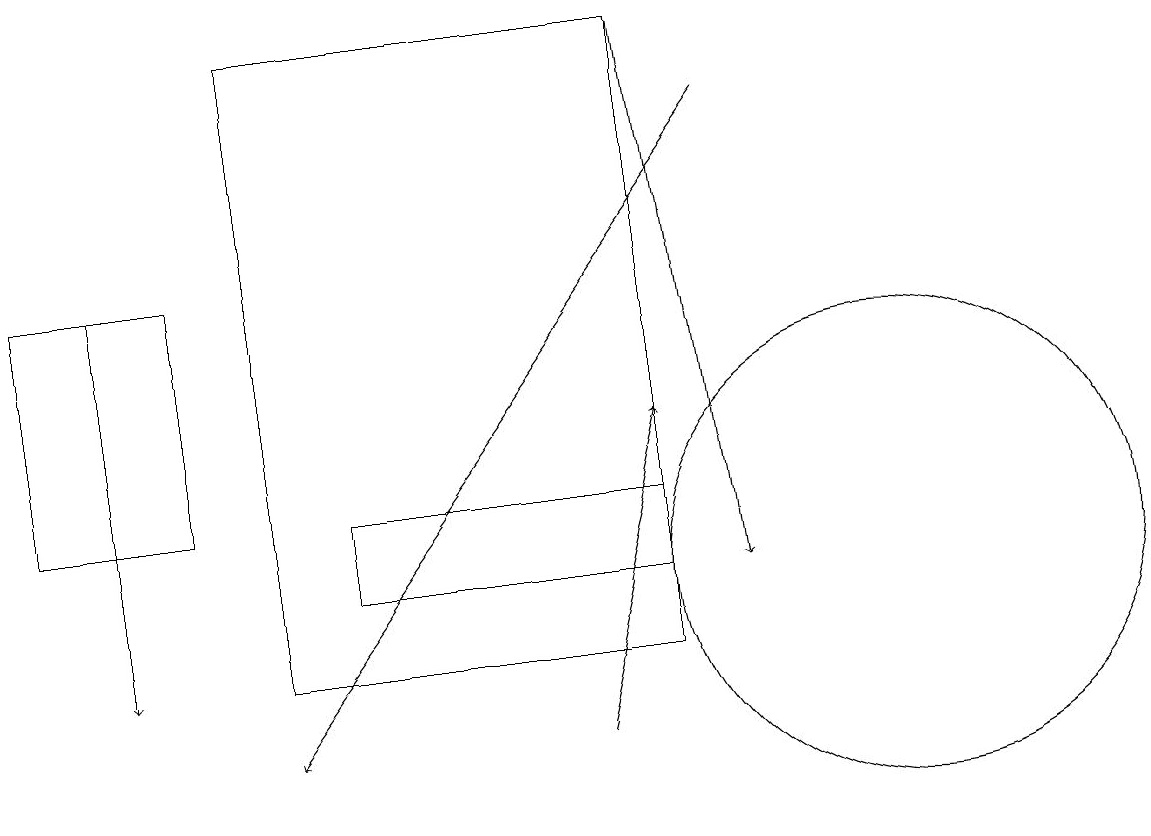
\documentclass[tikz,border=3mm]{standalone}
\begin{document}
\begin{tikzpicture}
\draw (8,13) rectangle (4,12);
\draw[->] (8,19) -- (9,12);
\draw (0,16) rectangle (2,13);
\draw[->] (1,16) -- (1,11);
\draw[->] (9,18) -- (3,10);
\draw (3,19) rectangle (8,11);
\draw[->] (7,10) -- (8,14);
\draw (11,12) circle (3);
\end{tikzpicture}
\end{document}